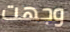
وجهت